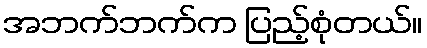
အဘက်ဘက်က ပြည့်စုံတယ်။